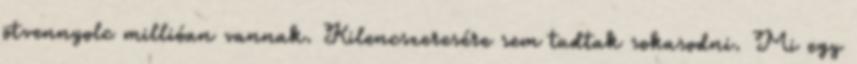
ötvennyolc millióan vannak. Kilencszeresére sem tudtak sokasodni. Mi egy